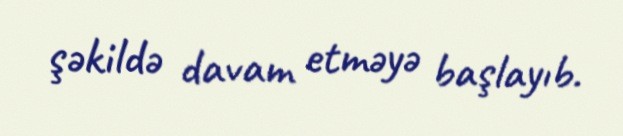
şəkildə davam etməyə başlayıb.